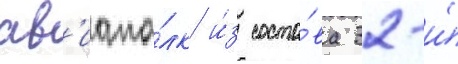
ав'иапо́лк и́з соста́ва 32-и́